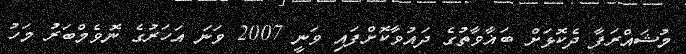
މުޝައްރަފާ ދެކޮޅަށް ބަޣާވާތުގެ ދައުވާކޮށްފައި ވަނީ 2007 ވަނަ އަހަރުގެ ނޮވެމްބަރު މަހު